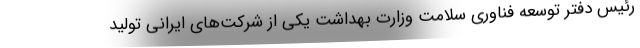
رئیس دفتر توسعه فناوری سلامت وزارت بهداشت یکی از شرکت‌های ایرانی تولید